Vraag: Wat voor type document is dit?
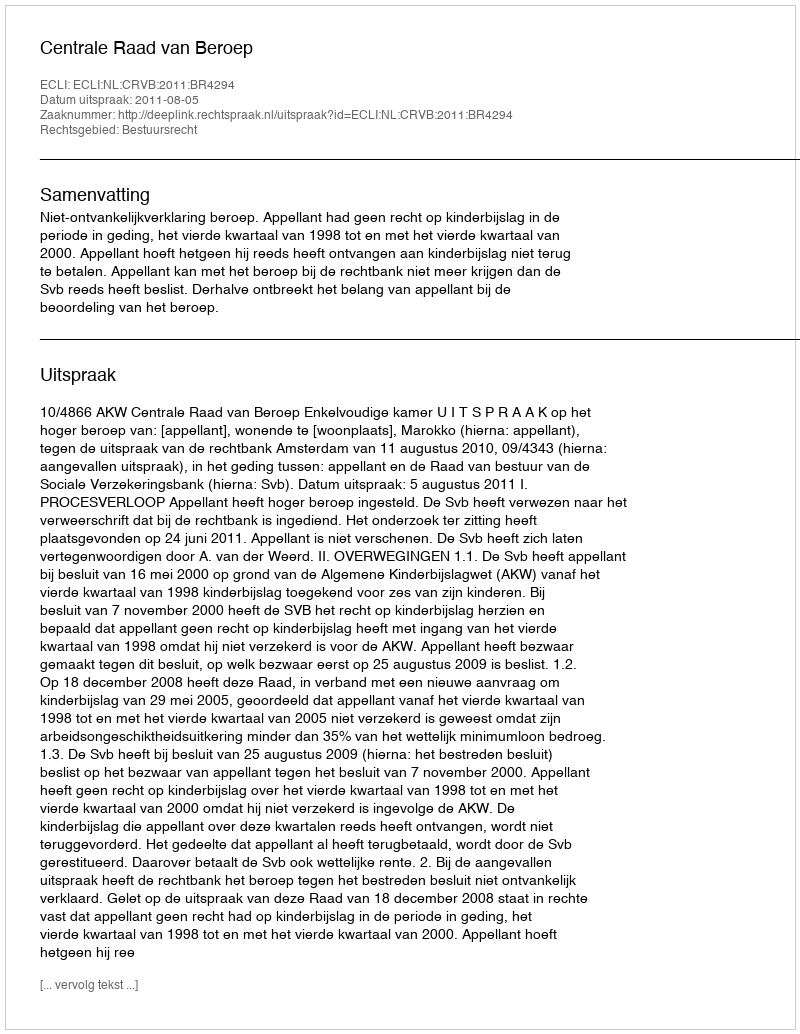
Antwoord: Uitspraak